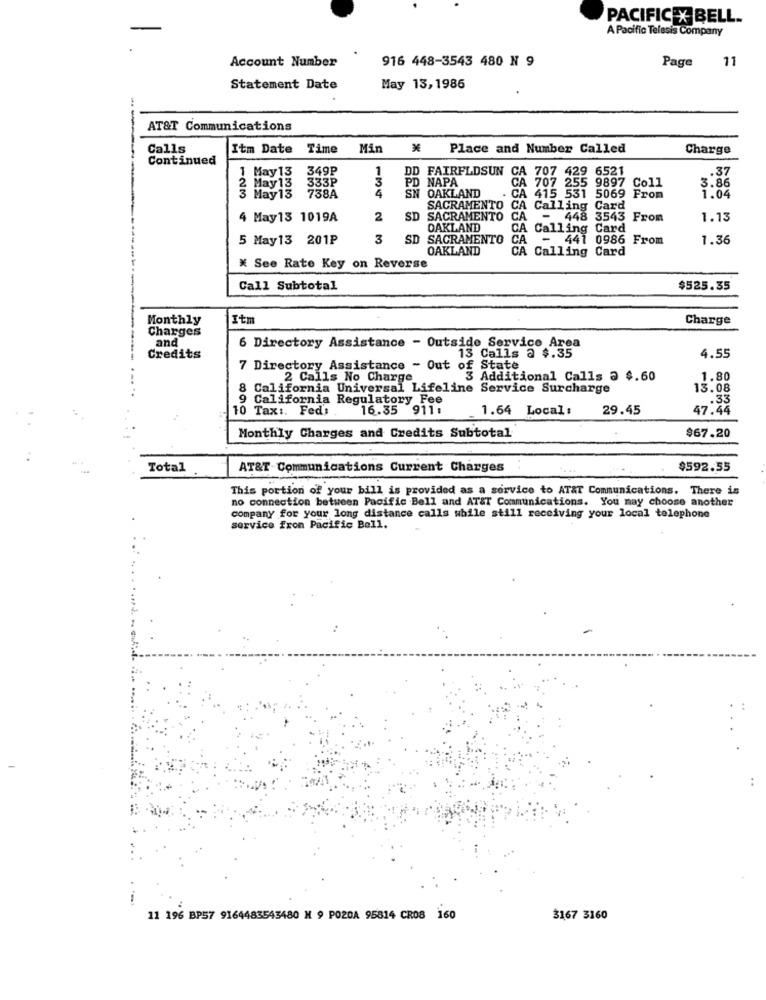
PACIFIC X BELL ..
A Pacific Telesis Company
Account Number
916 448-3543 480 N 9
11
Page
Statement Date
May 13, 1986
--
AT&T Communications
Calls
Itm Date Time
Min
Place and Number Called
Charge
Continued
349P
1
6521
.37
1 May 13
333P
3
DD FAIRFLDSUN CA 707 4
PD
NAPA
3.86
May 13
4
CA 707 255 9897 Coll
123
May 13
738A
SN OAKLAND
415 531 5069 From
1.04
SACRAMENTO C
O CA Calling Card
4 May13 1019A
2
SD SACRAMENTO CA - 448 3543 From
1.13
OAKLAND
CA Calling Card
5 May13 201₽
3
SD SACRAMENTO CA - 441 0986 From
1.36
OAKLAND
CA Calling Card
* See Rate Key on Reverse
Call Subtotal
$525.35
Monthly
Itm
Charge
Charges
6 Directory Assistance - Outside Service Area
and
13 Calls @ $.35
Credits
4.55
7 Directory Assistance - Out of State
2 Calls No Charge
3 Additional Calls a $.60
1.80
8 California Universal Lifeline Service Surcharge
13.08
California Regulatory Fee
.33
10 Tax :. Fed:
16.35 911:
1.64 Local:
29.45
47.44
$67.20
Monthly Charges and Credits Subtotal
Total
AT&T-Communications Current Charges
$592.55
This portion of your bill is provided as a service to AT&T Communications. There is
no connection between Pacific Bell and AT&T Communications. You may choose another
company for your long distance calls while still receiving your local telephone
service fron Pacific Bell.
11 196 BP57 9164483543480 N 9 POZOA 95814 CROS 160
3167 3160